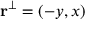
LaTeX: \mathbf { r } ^ { \perp } = ( - y , x )